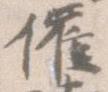
催